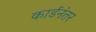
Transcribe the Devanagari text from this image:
कार्डनंतर